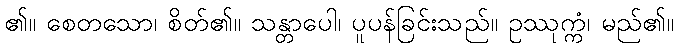
၏။ စေတသော၊ စိတ်၏။ သန္တာပေါ၊ ပူပန်ခြင်းသည်။ ဥဿုက္ကံ၊ မည်၏။